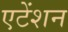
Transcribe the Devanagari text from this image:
एटेंशन